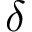
\delta